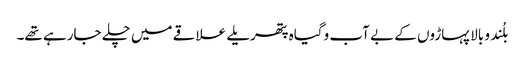
بلُند و بالا پہاڑوں کے بے آب وگیاہ پتھریلے علاقے میں چلے جارہے تھے۔